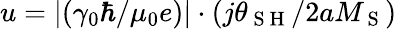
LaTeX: u=\left|\left(\gamma_{0}\hbar/\mu_{0}e\right)\right|\cdot\left(j\theta_{\mathrm{~S~H~}}/2aM_{\mathrm{~S~}}\right)